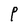
Character: P